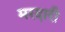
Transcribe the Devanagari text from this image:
मरदारी